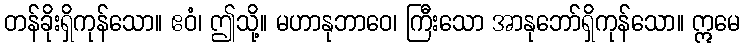
တန်ခိုးရှိကုန်သော။ ဧဝံ၊ ဤသို့။ မဟာနုဘာဝေ၊ ကြီးသော အာနုဘော်ရှိကုန်သော။ ဣမေ